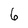
Character: 6